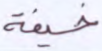
خيفة